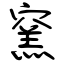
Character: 窯